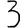
Digit: 3